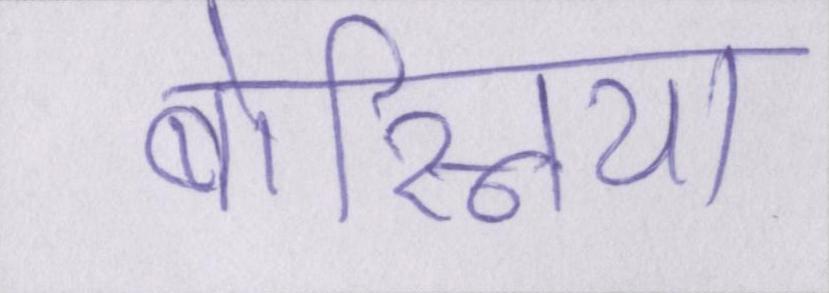
बोस्निया